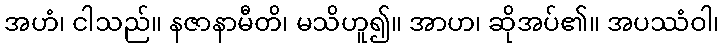
အဟံ၊ ငါသည်။ နဇာနာမီတိ၊ မသိဟူ၍။ အာဟ၊ ဆိုအပ်၏။ အပဿံဝါ၊